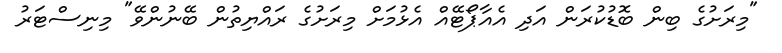
"މިރަށުގެ ބިން ބޮޑުކުރަން އަދި އެއާޕޯޓޭއް އެޅުމަށް މިރަށުގެ ރައްޔިތުން ބޭނުންވޭ" މިނިސްޓަރު